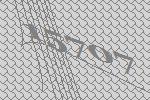
15707